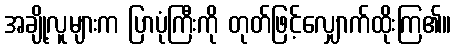
အချို့လူများက ပြာပုံကြီးကို တုတ်ဖြင့်လျှောက်ထိုးကြ၏။